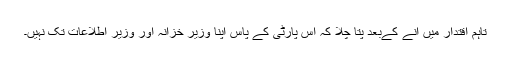
تاہم اقتدار میں آنے کےبعد پتا چلا کہ اس پارٹی کے پاس اپنا وزیر خزانہ اور وزیر اطلاعات تک نہیں۔